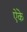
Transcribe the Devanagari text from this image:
ऐंके